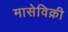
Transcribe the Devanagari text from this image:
मासेविक्री